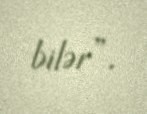
bilər”.